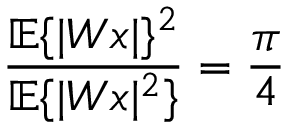
\frac { { \mathbb E } \{ | W x | \} ^ { 2 } } { { \mathbb E } \{ | W x | ^ { 2 } \} } = { \frac \pi { 4 } }